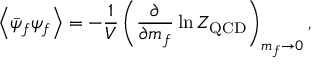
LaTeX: \left< \bar { \psi } _ { f } \psi _ { f } \right> = - \frac { 1 } { V } \left( \frac { \partial } { \partial m _ { f } } \ln { \cal Z } _ { \mathrm { Q C D } } \right) _ { m _ { f } \to 0 } ,